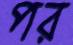
পর